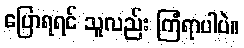
ပြောရရင် သူလည်း ကြံရာပါပဲ။